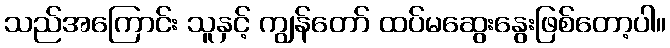
သည်အကြောင်း သူနှင့် ကျွန်တော် ထပ်မဆွေးနွေးဖြစ်တော့ပါ။